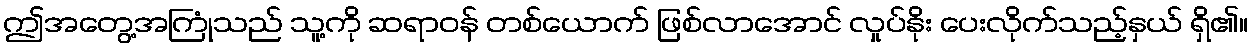
ဤအတွေ့အကြုံသည် သူ့ကို ဆရာဝန် တစ်ယောက် ဖြစ်လာအောင် လှုပ်နိုး ပေးလိုက်သည့်နှယ် ရှိ၏။